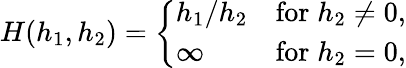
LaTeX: \begin{array}{r}{H(h_{1},h_{2})=\left\{ \begin{array}{ll}{h_{1}/h_{2}}&{\mathrm{for}\; h_{2}\neq 0,}\\ {\infty}&{\mathrm{for}\; h_{2}=0,}\end{array}\right.}\end{array}